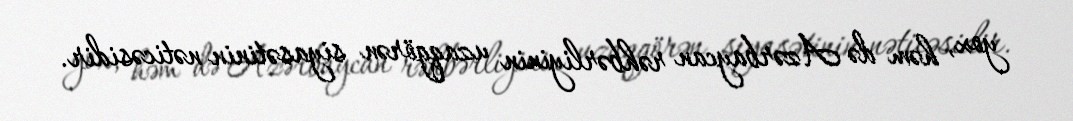
yox, həm də Azərbaycan rəhbərliyinin uzaqgörən siyasətinin nəticəsidir.